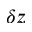
\delta z